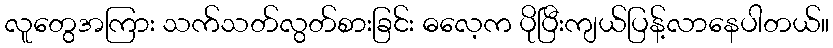
လူတွေအကြား သက်သတ်လွတ်စားခြင်း ဓလေ့က ပိုပြီးကျယ်ပြန့်လာနေပါတယ်။